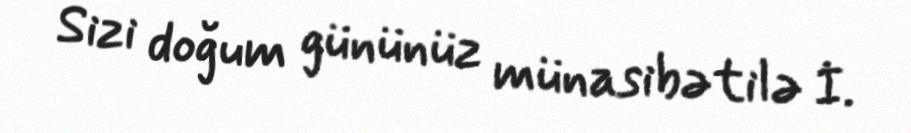
Sizi doğum gününüz münasibətilə İ.